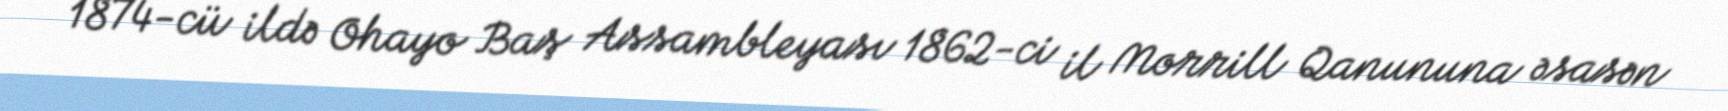
1874-cü ildə Ohayo Baş Assambleyası 1862-ci il Morrill Qanununa əsasən